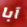
آبا